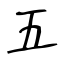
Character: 五